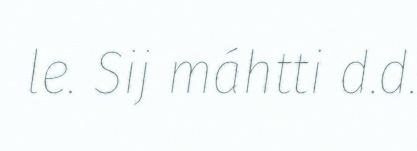
le. Sij máhtti d.d.